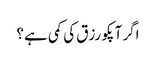
اگر آپکو رزق کی کمی ہے ؟